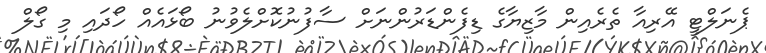
ޕެނަލްޓީ އޭރިއާ ތެރެއިން މާޒިޔާގެ ޑިފެންޑަރުންނަށް ސާފުނުކޮށްލެވުނު ބޯޅައެއް ހޯދައި މި ގޯލް